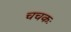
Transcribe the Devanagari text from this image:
चचकः